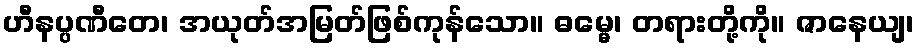
ဟီနပ္ပဏီတေ၊ အယုတ်အမြတ်ဖြစ်ကုန်သော။ ဓမ္မေ၊ တရားတို့ကို။ ဇာနေယျ၊